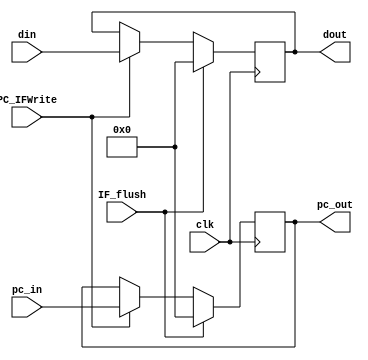
module if_id(
  input clk,
  input PC_IFWrite,
  input IF_flush,
  input [31:0] pc_in,
  input [31:0] din,  //im_id
  output reg[31:0] pc_out,
  output reg[31:0] dout
  );

  always@(posedge clk)
  begin
    if(IF_flush)
    begin
      dout <= 0;
      pc_out <= 0;
    end
    else
    begin
     if(PC_IFWrite )
     begin
       dout <= din;  //im_id->instr
       pc_out = pc_in;
     end
   end
 end

endmodule